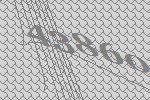
43860